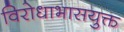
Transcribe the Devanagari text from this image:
विरोधाभासयुक्त